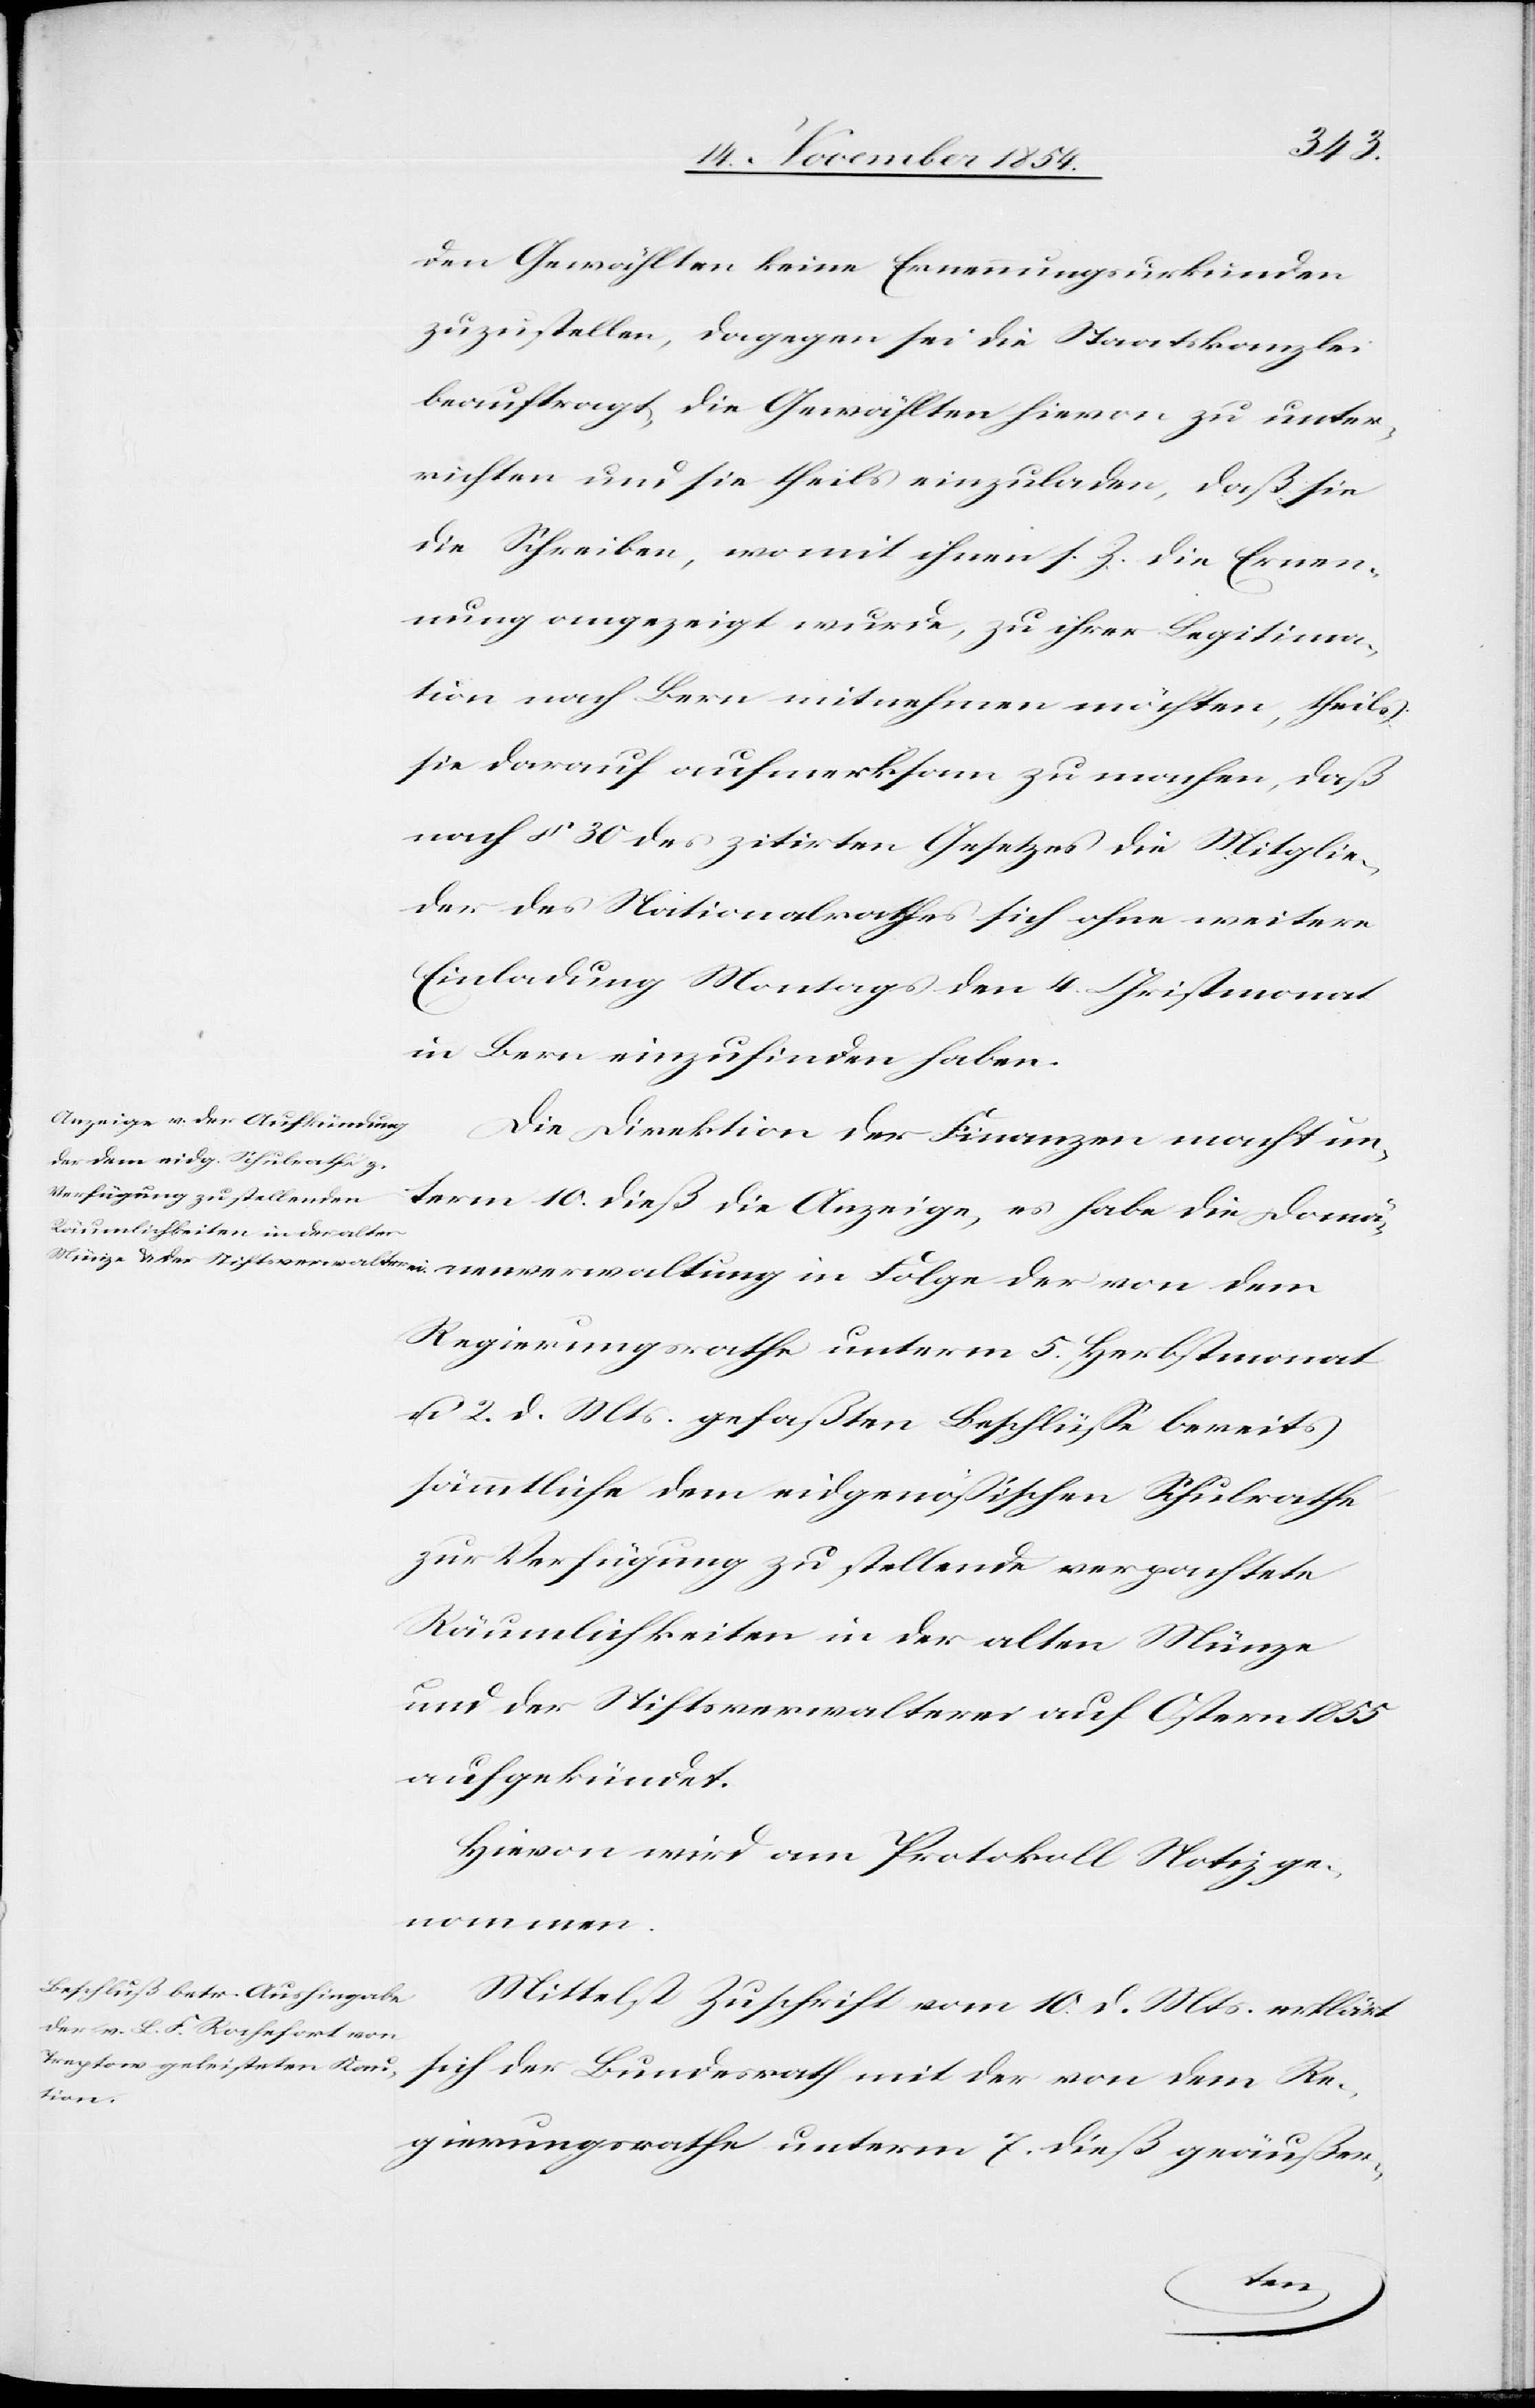
den Gewählten keine Ernennungsurkunden
zuzustellen, dagegen sei die Staatskanzlei
beauftragt, die Gewählten hievon zu unter¬
richten und sie theils einzuladen, daß sie
die Schreiben, womit ihnen s. Z. die Ernen¬
nung angezeigt wurde, zu ihrer Legitima¬
tion nach Bern mitnehmen möchten, theils
sie darauf aufmerksam zu machen, daß
nach § 30 des zitirten Gesetzes die Mitglie¬
der des Nationalrathes sich ohne weitere
Einladung Montags den 4. Christmonat
in Bern einzufinden haben.
Die Direktion der Finanzen macht un¬
term 10. dieß die Anzeige, es habe die Domän¬
Regierungsrathe unterm 5. Herbstmonat
u. 2. d. Mts. gefaßten Beschlüße bereits
sämmtliche dem eidgenößischen Schulrathe
zur Verfügung zu stellende verpachtete
Räumlichkeiten in der alten Münze
und der Stiftsverwalterei auf Ostern 1855
aufgekündet.
Hievon wird am Protokoll Notiz ge¬
nommen.
Mittelst Zuschrift vom 10. d. Mts. erklärt
sich der Bundesrath mit der von dem Re¬
gierungsrathe unterm 7. dieß geäußer-
von